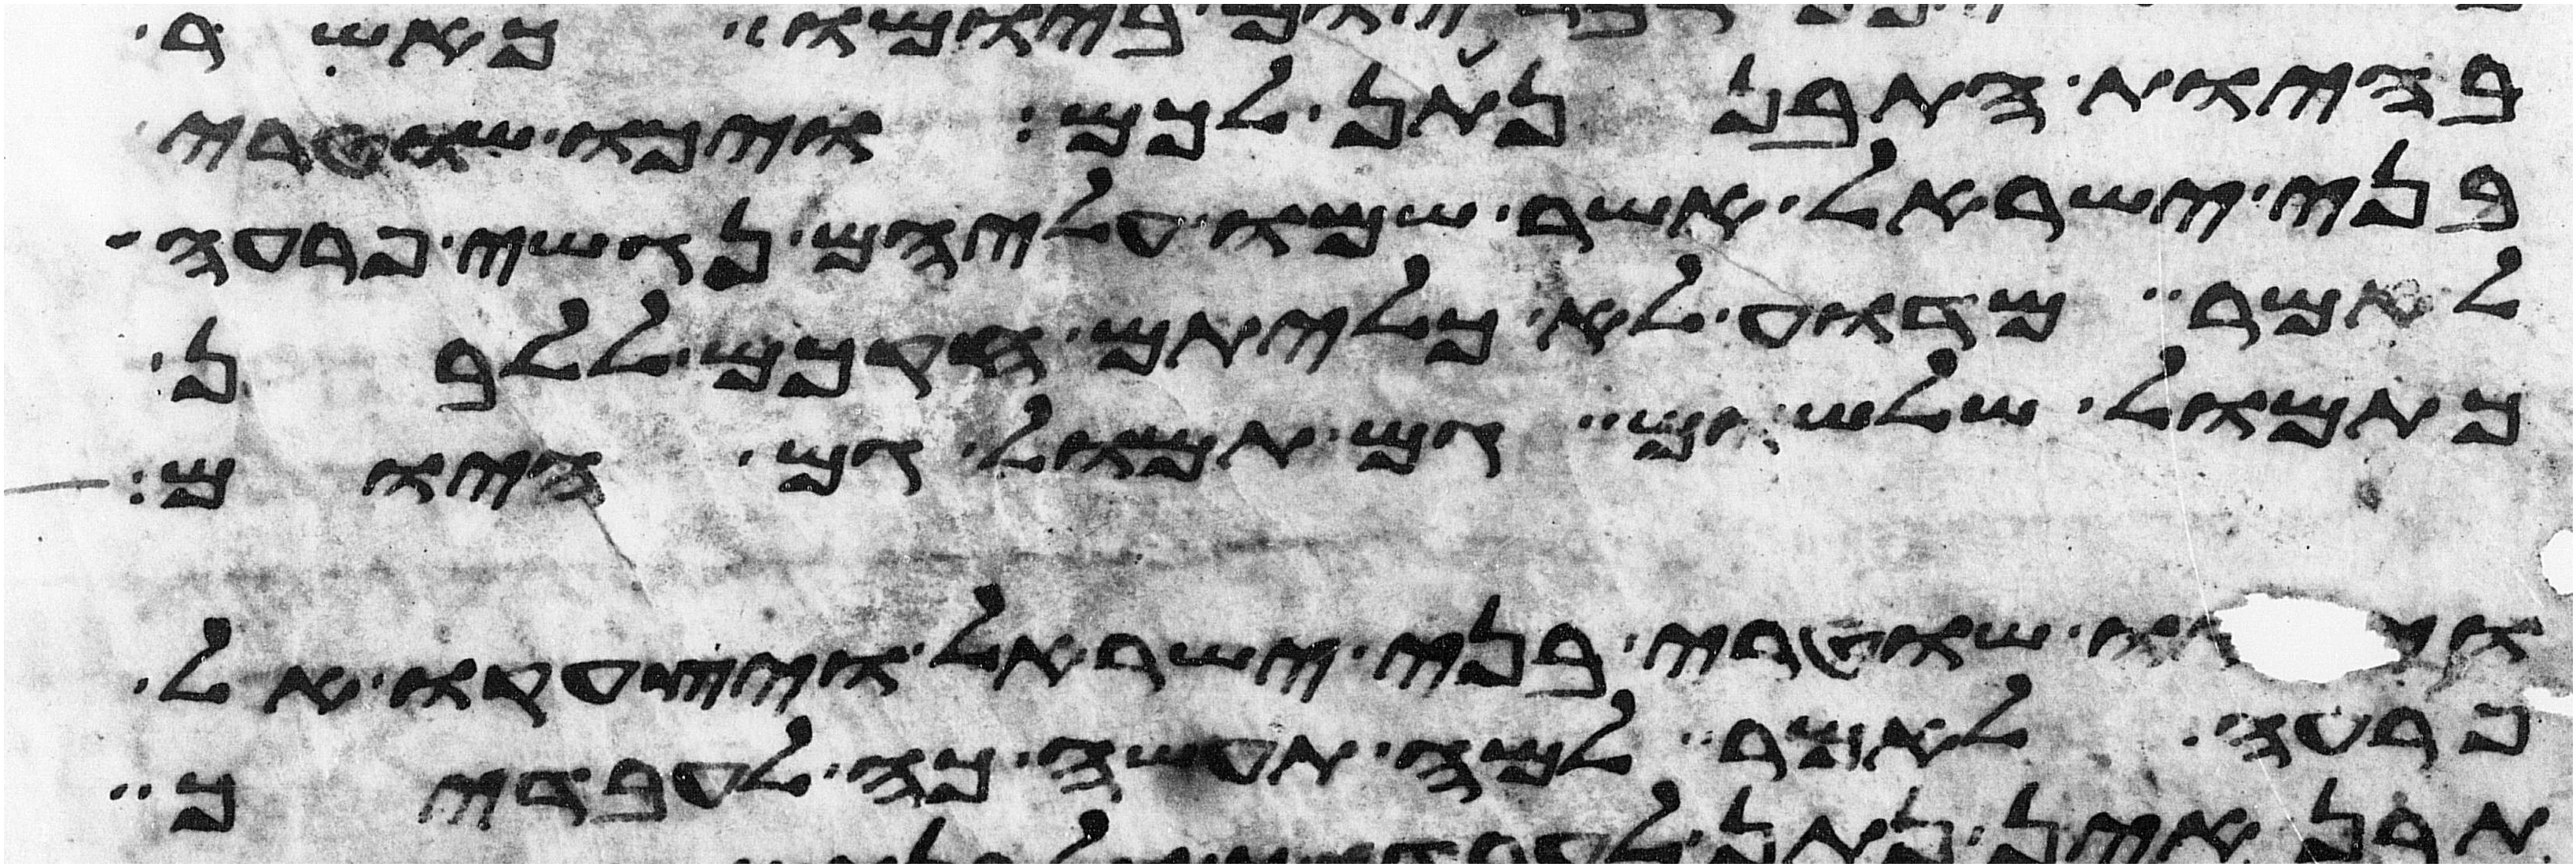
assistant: בהיות התבן נתן לכם ויכו שוטרי
בני ישראל אשר שמו עליהם נגשי פרעה
לאמר מדוע לא כליתם חקכם ללבן
כתמול שלשום גם תמול גם היום
ויבאו שוטרי בני ישראל ויצעקו אל
פרעה לאמר למה תעשה כה לעבדיך